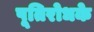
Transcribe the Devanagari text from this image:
पूतिरोधके